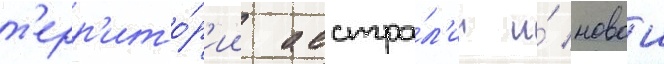
т'ерр'ито́р'ии австра́л'ии и́ новои